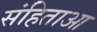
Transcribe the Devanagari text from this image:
संहिताआ